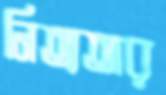
নিত্যতার